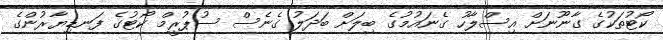
ކޯޓުތަކުގެ ގާނޫނަށް އިސްލާހު ގެނައުމުގެ ބިލަށް ބަދަލު ގެނެސް ސުޕުރީމް ކޯޓުގެ ފަނޑިޔާރުންގެ